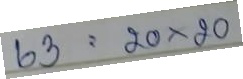
63 = 20x20